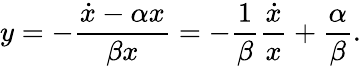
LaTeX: y=-\frac{\dot{x}-\alpha x}{\beta x}=-\frac{1}{\beta}\frac{\dot{x}}{x}+\frac{\alpha}{\beta}.